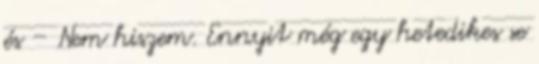
és – Nem hiszem. Ennyit még egy hetedikes se